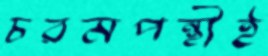
চরমপন্থীই